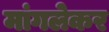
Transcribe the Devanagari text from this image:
मांगलेकर